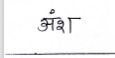
मजकूर: अंश